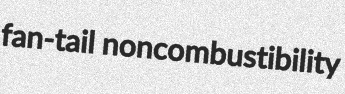
fan-tail noncombustibility